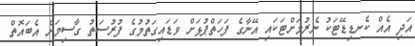
އަދި އެއް ކެނޑިޑޭޓަކު ނެރުމަށްޓަކައި އޭނާގެ ފަހަތްޕުޅަށް ވަޑައިގަތުމުގެ ފުރުސަތު ގާސިމަށް އެބައޮތް